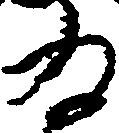
為